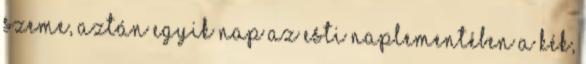
szeme, aztán egyik nap az esti naplementében a kék,